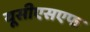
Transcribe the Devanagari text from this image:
यूसीएसएफ